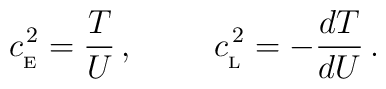
c_{_{\rm E}}^{\, 2}={T\over U}\, ,\hskip 1 cmc_{_{\rm L}}^{\, 2}=-{dT\over dU}\, .